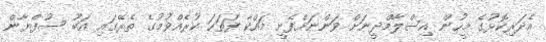
އެދަރިކޮޅުގެ މީހުން އިސްލާމްދީނަށް ވަންނަށްފެށީ މައްކާ ފަތަހަ ކުރެއްވުމުގެ ތެރޭގައި އަބޫ ސުފްޔާން